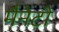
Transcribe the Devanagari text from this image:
मैनेटी